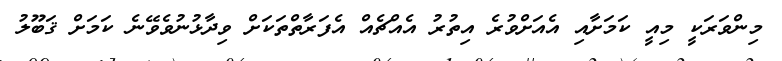
މިންވަރަކީ މިއީ ކަމަށާއި އެއަށްވުރެ އިތުރު އެއްޗެއް އެފަރާތްތަކަށް ވިދާޅުނުވެވޭނެ ކަމަށް ޤަބޫލު